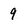
Character: 9